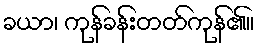
ခယာ၊ ကုန်ခန်းတတ်ကုန်၏။